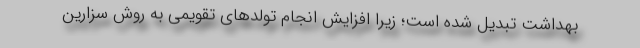
بهداشت تبدیل شده است؛ زیرا افزایش انجام تولدهای تقویمی به روش سزارین